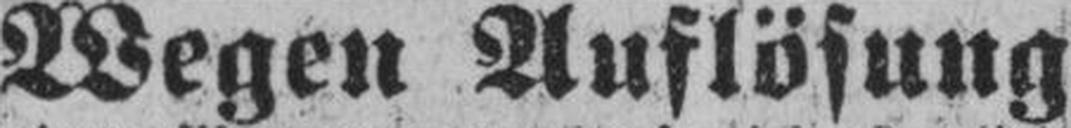
Wegen Auflösung